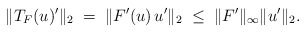
\begin{align*}\|T_F(u)'\|_2 \; = \; \|F'(u)\, u' \|_2 \; \leq \; \|F'\|_{\infty}\|u'\|_2.\end{align*}